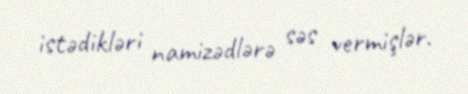
istədikləri namizədlərə səs vermişlər.